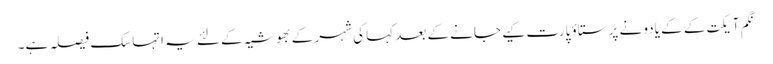
نگم آیکت کے کے یادو نے پرستاؤ پارت کیے جانے کے بعد کہا کی شہر کے بھوشیہ کے لئے یہ اتہاسک فیصلہ ہے۔